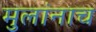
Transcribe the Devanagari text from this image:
मुलांनाच